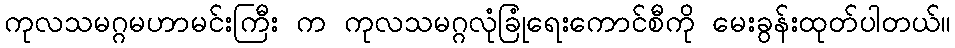
ကုလသမဂ္ဂမဟာမင်းကြီး က ကုလသမဂ္ဂလုံခြုံရေးကောင်စီကို မေးခွန်းထုတ်ပါတယ်။